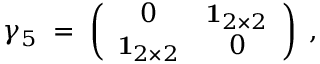
\gamma _ { 5 } \; = \; \left( \begin{array} { c c } { { 0 } } & { { { \mathbf 1 } _ { 2 \times 2 } } } \\ { { { \mathbf 1 } _ { 2 \times 2 } } } & { { 0 } } \end{array} \right) \; ,